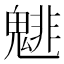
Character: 𲌬